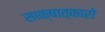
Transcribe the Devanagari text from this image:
साक्षात्कारो